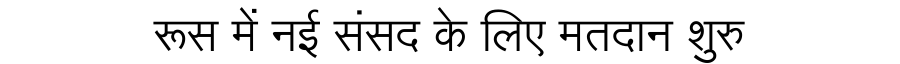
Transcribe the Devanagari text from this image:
रूस में नई संसद के लिए मतदान शुरु